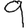
Digit: 9